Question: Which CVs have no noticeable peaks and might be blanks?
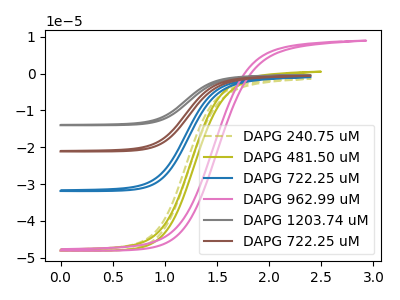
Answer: <think>The olive dashed curve "DAPG 240.75 uM" has no peaks. The olive curve "DAPG 481.50 uM" has no peaks. The blue curve "DAPG 722.25 uM" has no peaks. The pink curve "DAPG 962.99 uM" has no peaks. The gray curve "DAPG 1203.74 uM" has no peaks. The brown curve "DAPG 722.25 uM" has no peaks.</think>
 <answer>"DAPG 240.75 uM", "DAPG 481.50 uM", "DAPG 722.25 uM", "DAPG 962.99 uM", "DAPG 1203.74 uM" and "DAPG 722.25 uM" are likely to be blanks.</answer>
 <eval>"DAPG 240.75 uM", "DAPG 481.50 uM", "DAPG 722.25 uM", "DAPG 962.99 uM", "DAPG 1203.74 uM", "DAPG 722.25 uM"</eval>